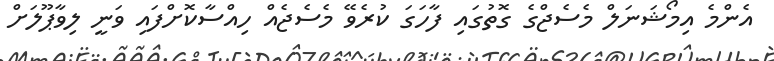
އެންމެ އިމޯޝަނަލް މެސެޖްގެ ގޮތުގައި ފާހަގަ ކުރެވޭ މެސެޖެއް ހިއްސާކޮށްފައި ވަނީ ލިވާޕޫލަށް